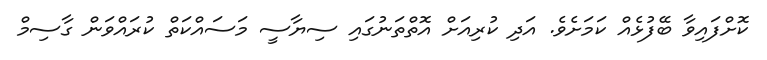
ކޮށްފައިވާ ބޭފުޅެއް ކަމަށެވެ. އަދި ކުރިއަށް އޮތްތަނުގައި ސިޔާސީ މަސައްކަތް ކުރައްވަން ގާސިމް